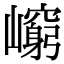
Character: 𡾈